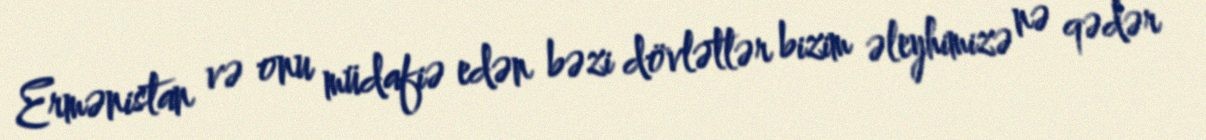
Ermənistan və onu müdafiə edən bəzi dövlətlər bizim əleyhimizə nə qədər